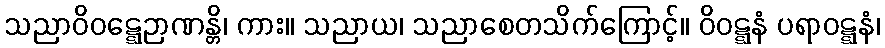
သညာဝိဝဋ္ဋေဉာဏန္တိ၊ ကား။ သညာယ၊ သညာစေတသိက်ကြောင့်။ ဝိဝဋ္ဋနံ ပရာဝဋ္ဋနံ၊